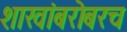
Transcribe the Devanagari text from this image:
शाखांबरोबरच